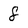
Character: 8